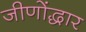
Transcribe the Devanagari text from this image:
जीणोंद्धार